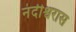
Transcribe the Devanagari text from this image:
नंदीश्वरास